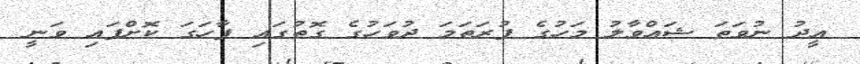
އީދު ނުވަތަ ޝައްވާލު މަހުގެ ފުރަތަމަ ދުވަހުގެ ގޮތުގައި ފާހަގަ ކޮށްފައި ވަނީ